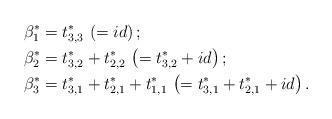
LaTeX: \begin{align*}{\beta^*_{1}}&=t_{3,3}^*\, \left( = id \right);\\{\beta^*_{2}}&=t_{3,2}^* + t_{2,2}^*\, \left( = t_{3,2}^* + id \right);\\{\beta^*_{3}}&=t_{3,1}^* + t_{2,1}^* + t_{1,1}^*\, \left( = t_{3,1}^* + t_{2,1}^* + id \right).\end{align*}